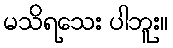
မသိရသေး ပါဘူး။